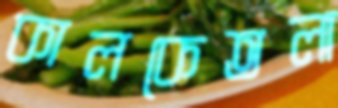
কালকেতলা